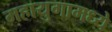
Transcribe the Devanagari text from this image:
महायुगामध्ये